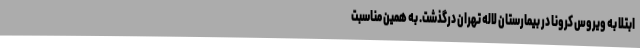
ابتلا به ویروس کرونا در بیمارستان لاله تهران درگذشت. به همین مناسبت